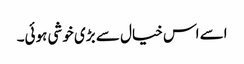
اسے اس خیال سے بڑی خوشی ہوئی۔